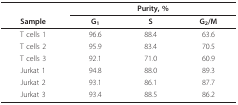
<table><thead><tr><td></td><td colspan="3"><b>Purity, %</b></td></tr><tr><td><b>Sample</b></td><td><b>G<sub>1</sub></b></td><td><b>S</b></td><td><b>G<sub>2</sub>/M</b></td></tr></thead><tbody><tr><td>T cells 1</td><td>96.6</td><td>88.4</td><td>63.6</td></tr><tr><td>T cells 2</td><td>95.9</td><td>83.4</td><td>70.5</td></tr><tr><td>T cells 3</td><td>92.1</td><td>71.0</td><td>60.9</td></tr><tr><td>Jurkat 1</td><td>94.8</td><td>88.0</td><td>89.3</td></tr><tr><td>Jurkat 2</td><td>93.1</td><td>86.1</td><td>87.7</td></tr><tr><td>Jurkat 3</td><td>93.4</td><td>88.5</td><td>86.2</td></tr></tbody></table>